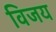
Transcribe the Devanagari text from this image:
विजय